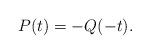
LaTeX: \begin{align*}P(t)=-Q(-t).\end{align*}